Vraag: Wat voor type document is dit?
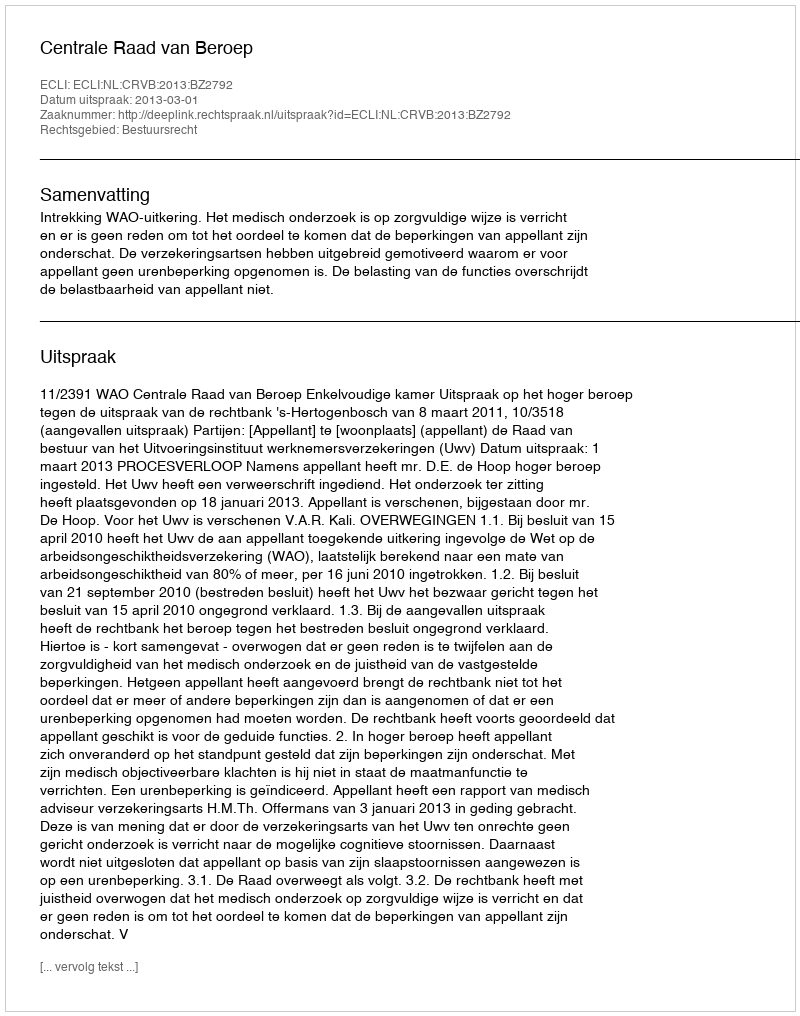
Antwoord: Uitspraak